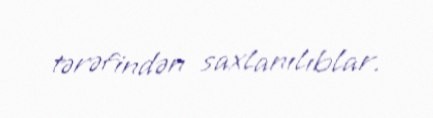
tərəfindən saxlanılıblar.